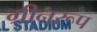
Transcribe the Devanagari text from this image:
ग्रीनरूप